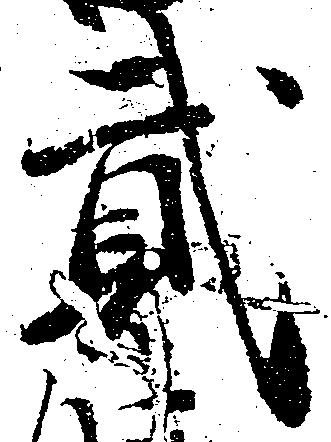
弐